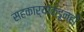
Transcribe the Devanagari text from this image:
सहकार्‍यांकडूनही